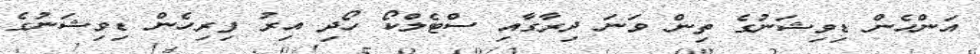
އަންހެން ޑިވިޝަނުގެ ތިން ވަނަ ދިރާގާއި ސްޓެލްކޯ ހޯދި އިރު ފިރިހެން ޑިވިޝަނުގެ